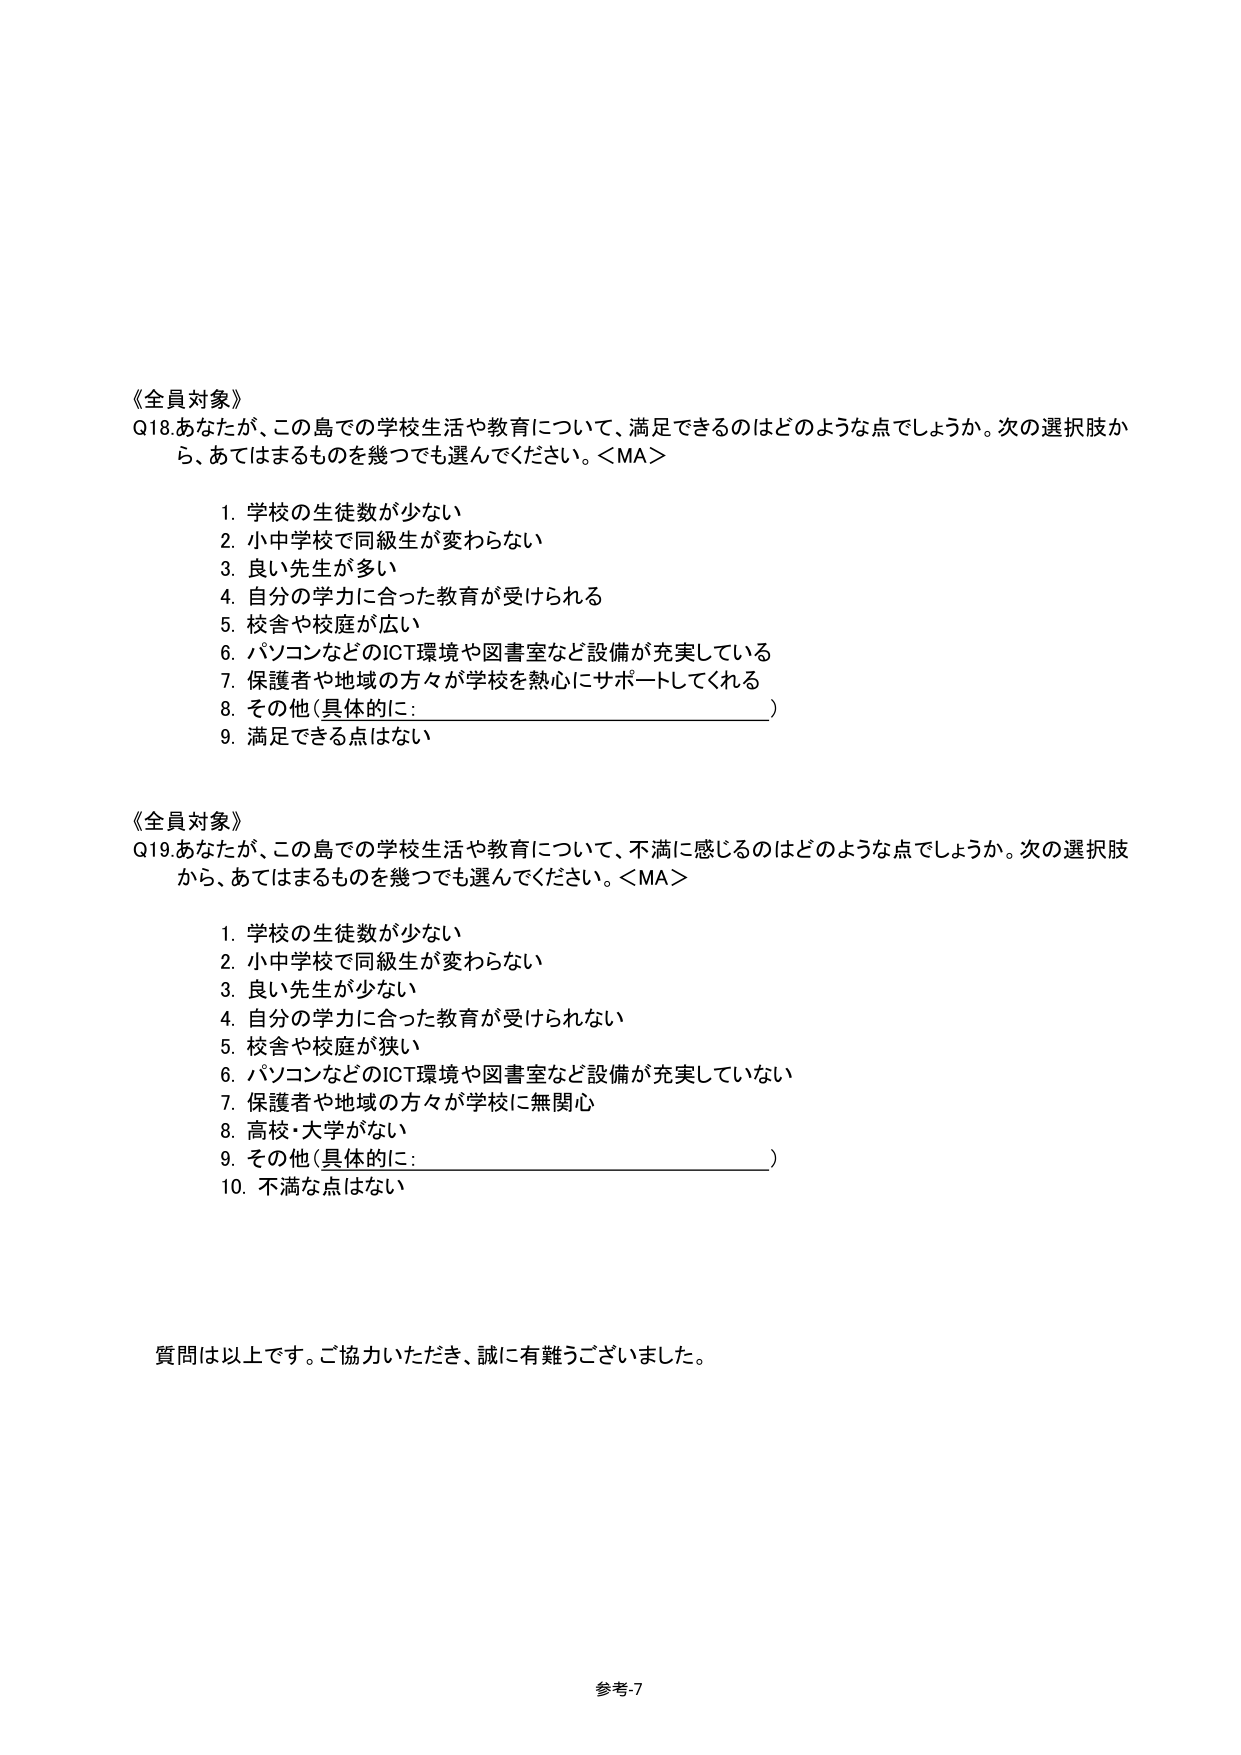
《全員対象》
Q18.あなたが、この島での学校生活や教育について、満足できるのはどのような点でしょうか。次の選択肢から、あてはまるものを幾つでも選んでください。＜MA＞

1. 学校の生徒数が少ない
2. 小中学校で同級生が変わらない
3. 良い先生が多い
4. 自分の学力に合った教育が受けられる
5. 校舎や校庭が広い
6. パソコンなどのICT環境や図書室など設備が充実している
7. 保護者や地域の方々が学校を熱心にサポートしてくれる
8. その他（具体的に：________________________）
9. 満足できる点はない

《全員対象》
Q19.あなたが、この島での学校生活や教育について、不満に感じるのはどのような点でしょうか。次の選択肢から、あてはまるものを幾つでも選んでください。＜MA＞

1. 学校の生徒数が少ない
2. 小中学校で同級生が変わらない
3. 良い先生が少ない
4. 自分の学力に合った教育が受けられない
5. 校舎や校庭が狭い
6. パソコンなどのICT環境や図書室など設備が充実していない
7. 保護者や地域の方々が学校に無関心
8. 高校・大学がない
9. その他（具体的に：________________________）
10. 不満な点はない

質問は以上です。ご協力いただき、誠に有難うございました。

参考:7